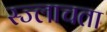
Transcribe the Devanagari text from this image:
स्ज्लाचता